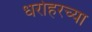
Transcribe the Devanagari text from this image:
धरोहरच्या